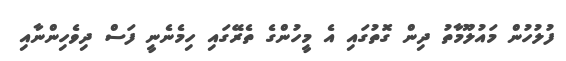
ފުލުހުން މައުލޫމާތު ދިން ގޮތުގައި އެ މީހުންގެ ތެރޭގައި ހިމެނެނީ ފަސް ދިވެހިންނާއި